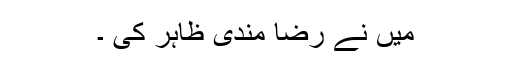
میں نے رضا مندی ظاہر کی ۔